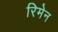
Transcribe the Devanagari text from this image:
रिमेन